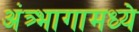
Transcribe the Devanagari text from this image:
अंत्र्भागामध्ये